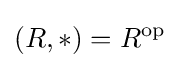
(R,*)=R^{\text{op}}